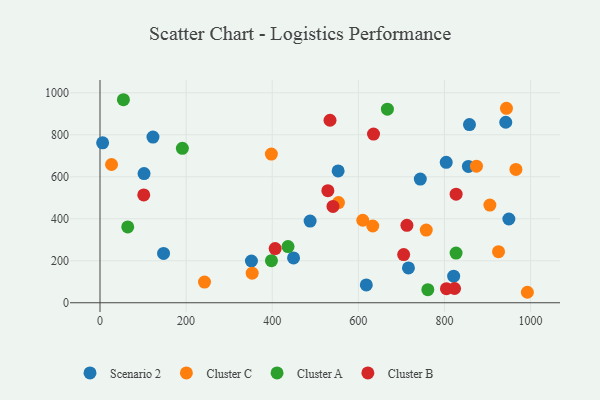
{"axis": {"x": "Price", "y": "Yield"}, "legend": ["Cluster A", "Cluster B", "Cluster C", "Scenario 2"], "data": [{"x": "618.5", "y": 84.9, "type": "Scenario 2"}, {"x": "804.1", "y": 668.6, "type": "Scenario 2"}, {"x": "821.4", "y": 126.7, "type": "Scenario 2"}, {"x": "449.5", "y": 213.3, "type": "Scenario 2"}, {"x": "123.0", "y": 788.8, "type": "Scenario 2"}, {"x": "858.1", "y": 848.4, "type": "Scenario 2"}, {"x": "743.9", "y": 589.1, "type": "Scenario 2"}, {"x": "102.3", "y": 615.0, "type": "Scenario 2"}, {"x": "351.7", "y": 198.8, "type": "Scenario 2"}, {"x": "855.6", "y": 649.1, "type": "Scenario 2"}, {"x": "553.1", "y": 627.6, "type": "Scenario 2"}, {"x": "6.1", "y": 761.8, "type": "Scenario 2"}, {"x": "942.4", "y": 859.6, "type": "Scenario 2"}, {"x": "488.0", "y": 389.2, "type": "Scenario 2"}, {"x": "949.6", "y": 398.9, "type": "Scenario 2"}, {"x": "147.6", "y": 235.0, "type": "Scenario 2"}, {"x": "716.4", "y": 166.1, "type": "Scenario 2"}, {"x": "26.8", "y": 658.3, "type": "Cluster C"}, {"x": "610.3", "y": 392.8, "type": "Cluster C"}, {"x": "992.6", "y": 49.9, "type": "Cluster C"}, {"x": "553.9", "y": 477.3, "type": "Cluster C"}, {"x": "398.0", "y": 708.2, "type": "Cluster C"}, {"x": "874.3", "y": 650.5, "type": "Cluster C"}, {"x": "925.6", "y": 243.4, "type": "Cluster C"}, {"x": "353.4", "y": 140.7, "type": "Cluster C"}, {"x": "966.0", "y": 635.1, "type": "Cluster C"}, {"x": "905.5", "y": 465.2, "type": "Cluster C"}, {"x": "944.0", "y": 926.0, "type": "Cluster C"}, {"x": "757.7", "y": 346.0, "type": "Cluster C"}, {"x": "242.7", "y": 98.5, "type": "Cluster C"}, {"x": "633.5", "y": 365.5, "type": "Cluster C"}, {"x": "436.7", "y": 267.4, "type": "Cluster A"}, {"x": "667.5", "y": 921.9, "type": "Cluster A"}, {"x": "398.2", "y": 200.2, "type": "Cluster A"}, {"x": "191.3", "y": 735.5, "type": "Cluster A"}, {"x": "54.4", "y": 966.9, "type": "Cluster A"}, {"x": "827.0", "y": 236.6, "type": "Cluster A"}, {"x": "64.4", "y": 361.3, "type": "Cluster A"}, {"x": "761.4", "y": 62.2, "type": "Cluster A"}, {"x": "534.2", "y": 869.2, "type": "Cluster B"}, {"x": "823.5", "y": 67.8, "type": "Cluster B"}, {"x": "541.1", "y": 458.9, "type": "Cluster B"}, {"x": "406.8", "y": 258.1, "type": "Cluster B"}, {"x": "705.3", "y": 229.5, "type": "Cluster B"}, {"x": "712.8", "y": 368.6, "type": "Cluster B"}, {"x": "827.1", "y": 517.0, "type": "Cluster B"}, {"x": "635.3", "y": 803.2, "type": "Cluster B"}, {"x": "804.7", "y": 67.1, "type": "Cluster B"}, {"x": "529.2", "y": 533.8, "type": "Cluster B"}, {"x": "101.6", "y": 513.5, "type": "Cluster B"}]}